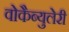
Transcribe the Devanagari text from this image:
वोकैब्युलेरी